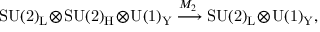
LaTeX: \mathrm { S U ( 2 ) _ { L } \! \otimes \! S U ( 2 ) _ { H } \! \otimes \! U ( 1 ) _ { Y } } \stackrel { \! \! M _ { 2 } } { \longrightarrow } \mathrm { S U ( 2 ) _ { L } \! \otimes \! U ( 1 ) _ { Y } } ,